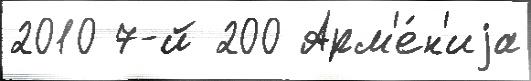
2010 7-й 200 Арм'е́н'иjа